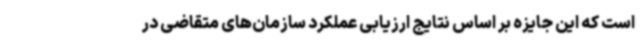
است که این جایزه بر اساس نتایج ارزیابی عملکرد سازمان‌های متقاضی در